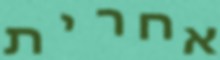
אחרית